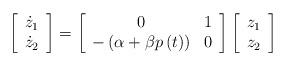
LaTeX: \begin{align*}\left[ \begin{array}{c}\dot{z}_{1} \\ \dot{z}_{2}\end{array}\right] =\left[ \begin{array}{cc}0 & 1 \\ -\left( \alpha +\beta p\left( t\right) \right) & 0\end{array}\right] \left[ \begin{array}{c}z_{1} \\ z_{2}\end{array}\right] \end{align*}